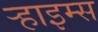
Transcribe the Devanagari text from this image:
र्‍हाइम्स